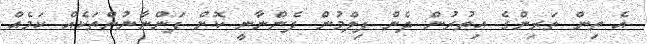
އެ ތިން ތަރިންގެ އިތުރުން ދެން ފިލްމުން ފެންނާނީ ކޮން ފަންނާނުންތަކެއް ކަމެއް